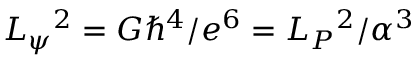
L _ { \psi } { } ^ { 2 } = G \hbar ^ { 4 } / e ^ { 6 } = L _ { P } { } ^ { 2 } / \alpha ^ { 3 }